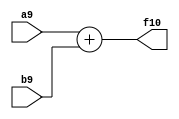
`timescale 1ns / 1ps
//////////////////////////////////////////////////////////////////////////////////
// Company: 
// Engineer: 
// 
// Design Name: 
// Module Name:    ADD_9Bit 
// Project Name: 
// Target Devices: 
// Tool versions: 
// Description: 
//
// Dependencies: 
//
// Revision: 
// Revision 0.01 - File Created
// Additional Comments: 
//
//////////////////////////////////////////////////////////////////////////////////
module ADD_9Bit(a9,b9,f10);
	input [8:0] a9;
	input [8:0] b9;
	output [9:0] f10;
	assign f10=a9 + b9;
endmodule